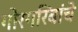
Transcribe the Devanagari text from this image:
गोरगरिबांचे